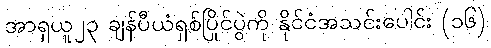
အာရှယူ၂၃ ချန်ပီယံရှစ်ပြိုင်ပွဲကို နိုင်ငံအသင်းပေါင်း (၁၆)